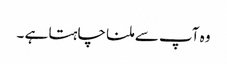
وہ آپ سے ملنا چاہتا ہے ۔